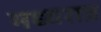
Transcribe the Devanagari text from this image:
मध्यरात्र